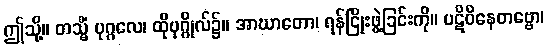
ဤသို့။ တသ္မိံ ပုဂ္ဂလေ၊ ထိုပုဂ္ဂိုလ်၌။ အာဃာတော၊ ရန်ငြိုးဖွဲ့ခြင်းကို။ ပဋိဝိနေတဗ္ဗော၊